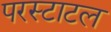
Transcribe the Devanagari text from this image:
परस्टाटल